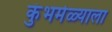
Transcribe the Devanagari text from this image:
कुंभमेळ्याला